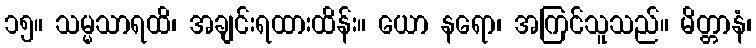
၁၅။ သမ္မသာရထိ၊ အချင်းရထားထိန်း။ ယော နရော၊ အကြင်သူသည်။ မိတ္တာနံ၊